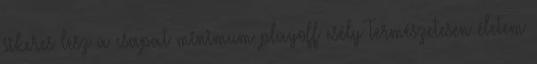
sikeres lesz a csapat minimum playoff esély Természetesen életem